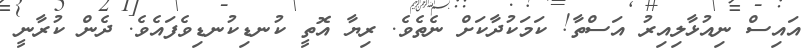
އައިސް ނިއުޅާލިއިރު އަސްތާ! ކަމަކުދާކަށް ނެތެވެ. ރިޔާ އޮތީ ކުނޑިކުނޑިވެފައެވެ. ދެން ކުރާނީ